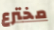
مخترع